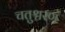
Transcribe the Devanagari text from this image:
चतुश्चरण